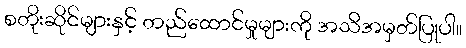
စတိုးဆိုင်များနှင့် တည်ထောင်မှုများကို အသိအမှတ်ပြုပါ။